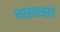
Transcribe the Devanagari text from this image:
भारतावरचे